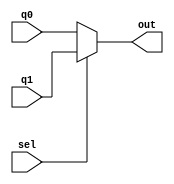

module mux2x1 #(parameter WIDTH=32)
(
    output[WIDTH-1:0] out,
    input [WIDTH-1:0] q1,q0,
    input sel);
    assign out = sel ? q1:q0; 
    endmodule